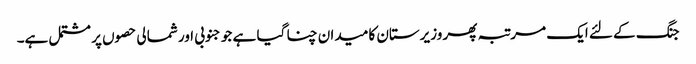
جنگ کے لئے ایک مرتبہ پھر وزیرستان کا میدان چنا گیا ہے جو جنوبی اور شمالی حصوں پر مشتمل ہے۔